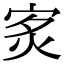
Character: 𤇵